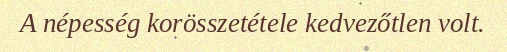
A népesség korösszetétele kedvezőtlen volt.